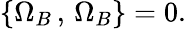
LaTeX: \{ \Omega_{B}\, ,\, \Omega_{B}\} =0.